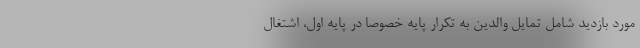
مورد بازدید شامل تمایل والدین به تکرار پایه خصوصا در پایه اول، اشتغال